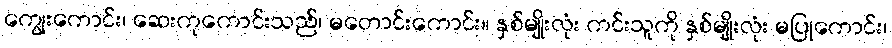
ကျွေးကောင်း၊ ဆေးကုကောင်းသည်၊ မတောင်းကောင်း။ နှစ်မျိုးလုံး ကင်းသူကို နှစ်မျိုးလုံး မပြုကောင်း၊